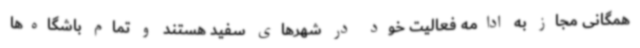
همگانی مجاز به ادامه فعالیت خود در شهرهای سفید هستند و تمام باشگاه‌ها